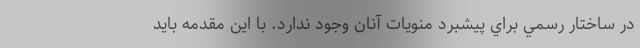
در ساختار رسمي براي پيشبرد منويات آنان وجود ندارد. با اين مقدمه بايد